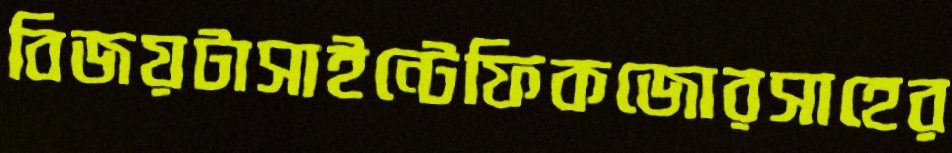
বিজয়টাসাইন্টেফিকজোরসাহের